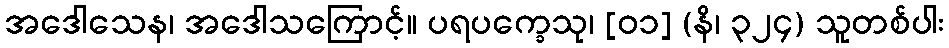
အဒေါသေန၊ အဒေါသကြောင့်။ ပရပက္ခေသု၊ [၀၁] (နိ၊ ၃၂၄) သူတစ်ပါး